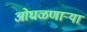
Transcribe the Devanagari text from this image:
ओघळणाऱ्या